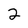
Character: 2